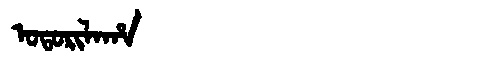
Manchu: ᠣᡨᠣᡵᡳᠯᠠᡥᠠ
Romanization: OTORILAHA